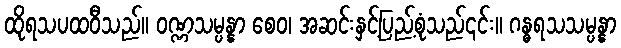
ထိုရသပထဝီသည်။ ဝဏ္ဏသမ္ပန္နာ စေဝ၊ အဆင်းနှင့်ပြည့်စုံသည်၎င်း။ ဂန္ဓရသသမ္ပန္နာ